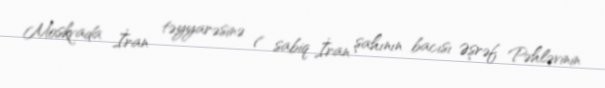
Moskvada İran təyyarəsinə ( sabiq İran şahının bacısı Əşrəf Pəhləvinin